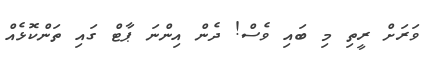
ވަރަށް ރީތި މި ބައި ވެސް! ދެން އިންނަ ޕާޓް ގައި ތަންކޮޅެއް